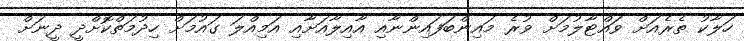
ހަލާކު ތެރެއަށް ވައްޓާލުމަށް ވުރެ މައިންބަފައިންނާއި އާއިލާއަށާއި އަމިއްލަ ގައުމަށް ހިދުމަތްކޮށްދީ ދީނަށް